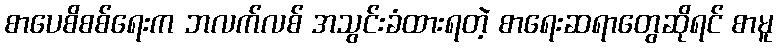
စာပေစိစစ်ရေးက ဘလက်လစ် အသွင်းခံထားရတဲ့ စာရေးဆရာတွေဆိုရင် စာမူ